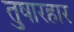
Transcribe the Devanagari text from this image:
तुषारहार